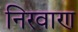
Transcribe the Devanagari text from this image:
निरवाण